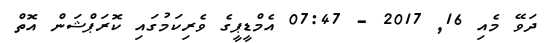
ދަވޭ މެއި 16